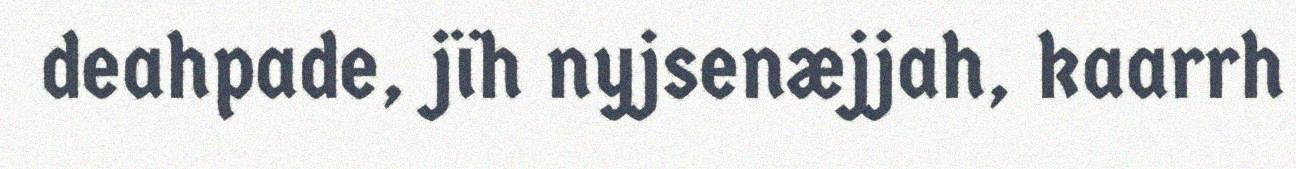
deahpade, jïh nyjsenæjjah, kaarrh